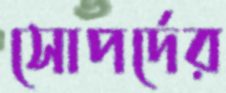
সোপর্দের